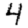
Digit: 4